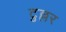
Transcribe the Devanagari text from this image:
टुल्लर